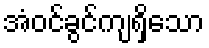
အံဝင်ခွင်ကျရှိသော